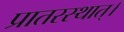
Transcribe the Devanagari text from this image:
प्रातरस्थात्।